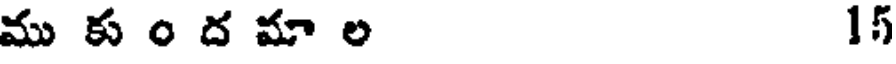
ము క ం ద మా ల 15